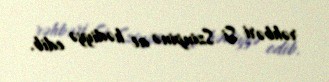
rəhbəri Si Szinpinə at hədiyyə edib.